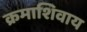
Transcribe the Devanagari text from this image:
क्रमाशिवाय